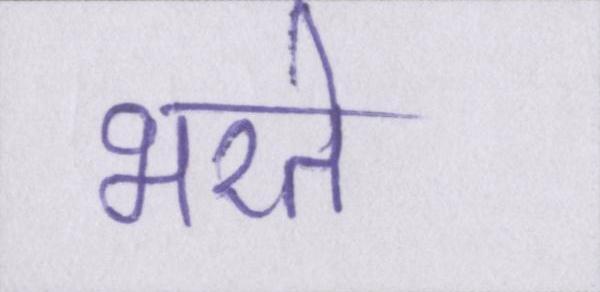
भरते